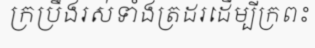
ក្រប្រឹងរស់ទាំងត្រដរដើម្បីក្រពះ